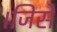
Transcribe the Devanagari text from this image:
।जिसे